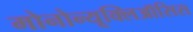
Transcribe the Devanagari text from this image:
मोनोन्यूक्लिऑसिस